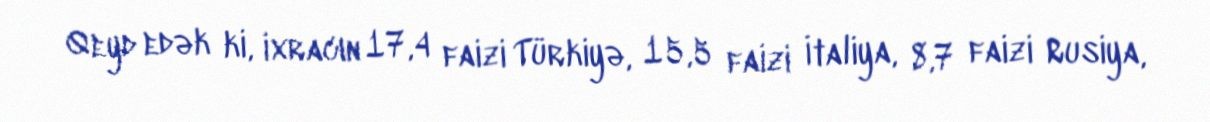
Qeyd edək ki, ixracın 17,4 faizi Türkiyə, 15,5 faizi İtaliya, 8,7 faizi Rusiya,